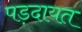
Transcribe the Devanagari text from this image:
पड़दायत